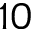
1 0